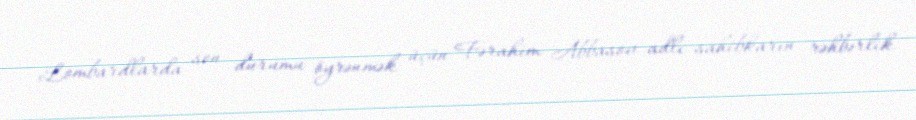
Lombardlarda son durumu öyrənmək üçün Fərahim Abbasov adlı sahibkarın rəhbərlik